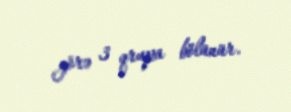
görə 3 qrupa bölünür.